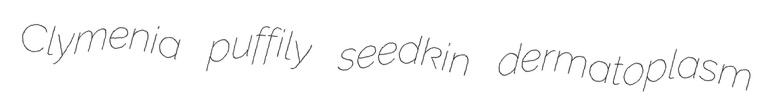
Clymenia puffily seedkin dermatoplasm